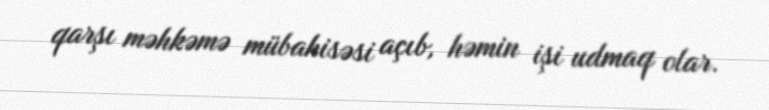
qarşı məhkəmə mübahisəsi açıb, həmin işi udmaq olar.